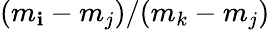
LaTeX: (m_{\mathbf{i}}-m_{j})/(m_{k}-m_{j})